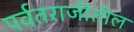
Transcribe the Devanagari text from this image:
पर्वतराजीतील